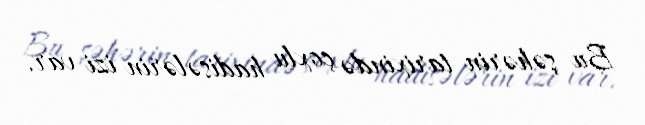
Bu şəhərin tarixində çoxlu hadisələrin izi var.